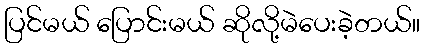
ပြင်မယ် ပြောင်းမယ် ဆိုလို့မဲပေးခဲ့တယ်။